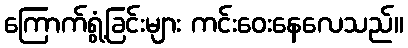
ကြောက်ရွံ့ခြင်းများ ကင်းဝေးနေလေသည်။